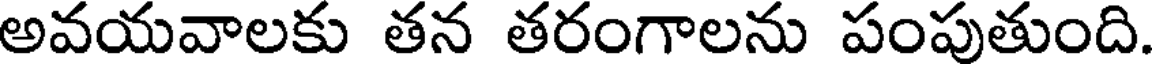
అవయవాలకు తన తరంగాలను పంపుతుంది.